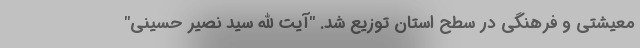
معیشتی و فرهنگی در سطح استان توزیع شد. "آیت الله سید نصیر حسینی"